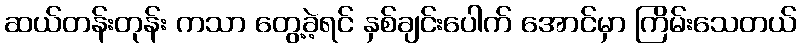
ဆယ်တန်းတုန်း ကသာ တွေ့ခဲ့ရင် နှစ်ချင်းပေါက် အောင်မှာ ကြိမ်းသေတယ်